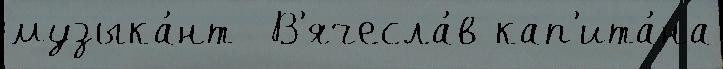
музыка́нт  В'ячесла́в кап'ита́на